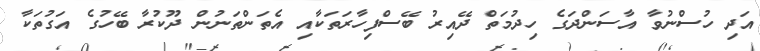
އަދި ހުސްނުވާ އާސަންދަގެ ހިދުމަތް ދޭއިރު ބޭސްފިހާރަތަކާއި އެތަންތަނުން ދޫކުރާ ބޭހުގެ އަގުތަކާ